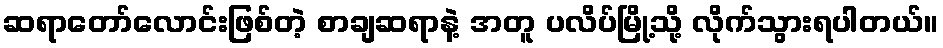
ဆရာတော်လောင်းဖြစ်တဲ့ စာချဆရာနဲ့ အတူ ပလိပ်မြို့သို့ လိုက်သွားရပါတယ်။